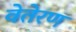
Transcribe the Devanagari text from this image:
वेतेरण